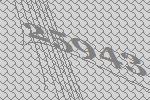
25943